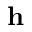
\mathbf { h }